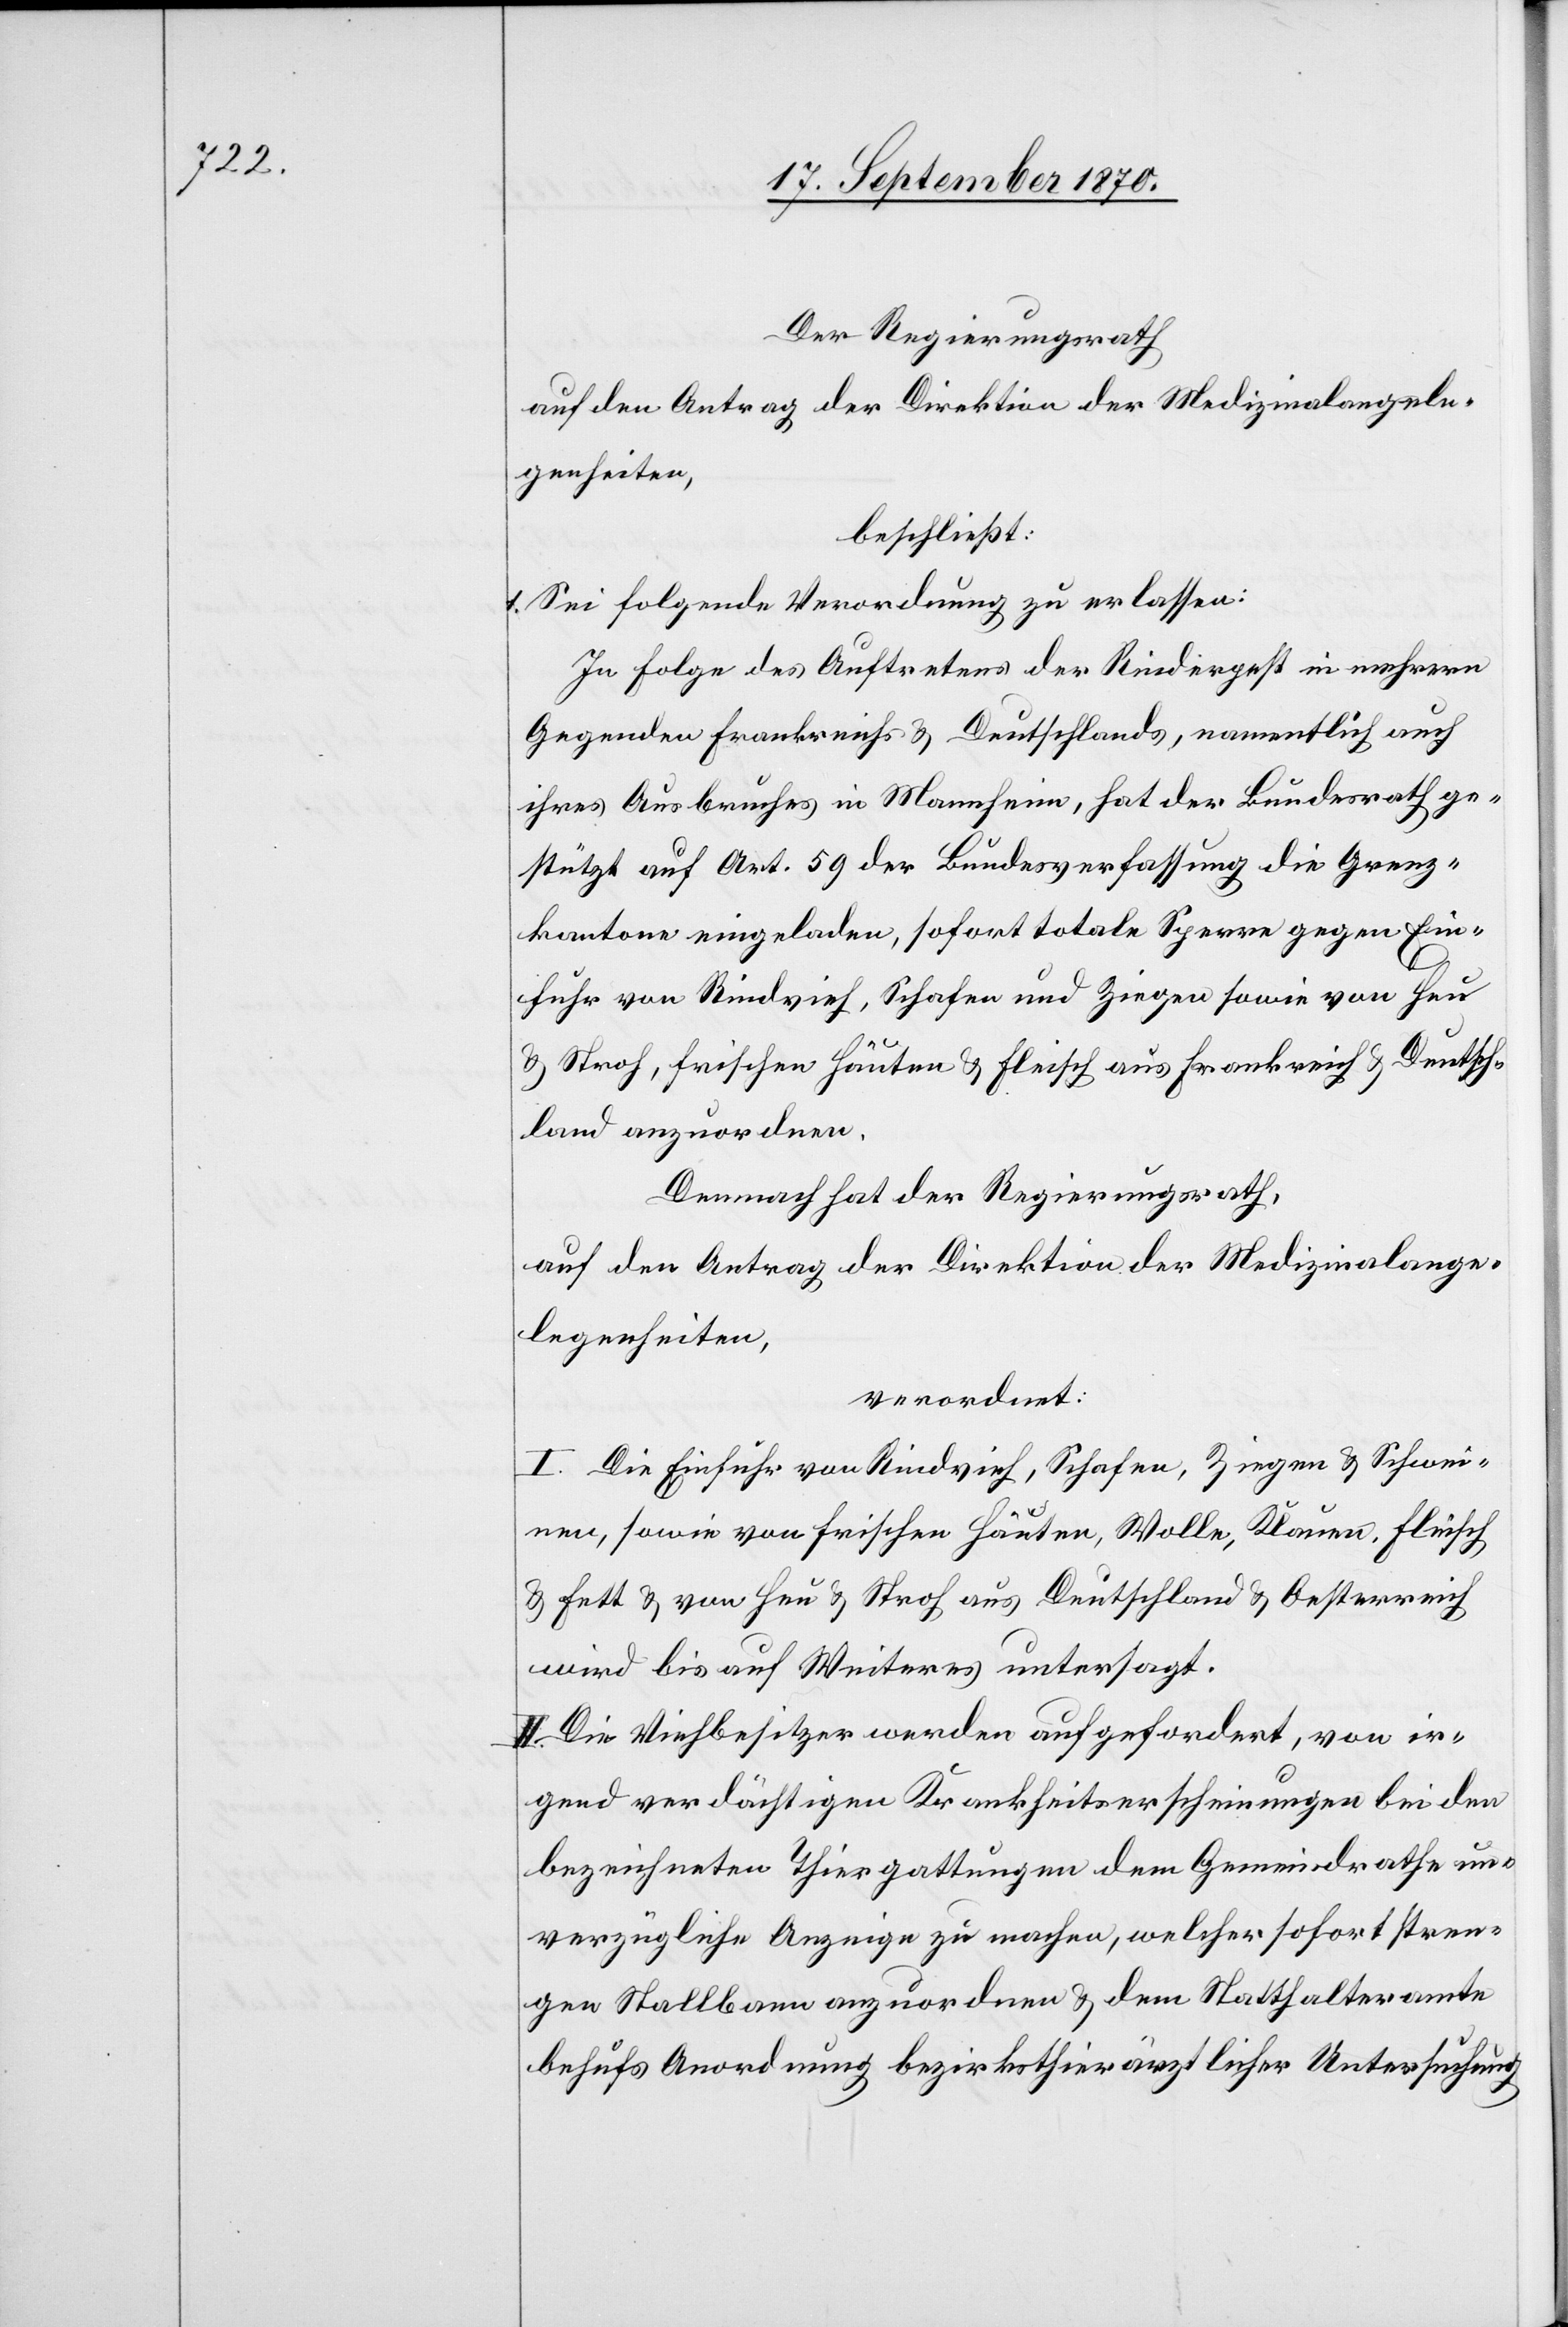
Der Regierungsrath
auf den Antrag der Direktion der Medizinalangele¬
genheiten,
beschließt:
1. Sei folgende Verordnung zu erlassen:
In Folge des Auftretens der Rinderpest in mehrern
Gegenden Frankreichs & Deutschlands, namentlich auch
ihres Ausbruches in Mannheim, hat der Bundesrath ge¬
stützt auf Art. 59 der Bundesverfassung die Grenz¬
kantone eingeladen, sofort totale Sperre gegen Ein¬
fuhr von Rindvieh, Schafen und Ziegen sowie von Heu
& Stroh, frischen Häuten & Fleisch aus Frankreich & Deutsch¬
land anzuordnen.
Demnach hat der Regierungsrath,
auf den Antrag der Direktion der Medizinalange¬
legenheiten,
verordnet:
I. Die Einfuhr von Rindvieh, Schafen, Ziegen & Schwei¬
nen, sowie von frischen Häuten, Wolle, Klauen, Fleisch
& Fett & von Heu & Stroh aus Deutschland & Oesterreich
wird bis auf Weiteres untersagt.
II. Die Viehbesitzer werden aufgefordert, von ir¬
gend verdächtigen Krankheitserscheinungen bei den
bezeichneten Thiergattungen dem Gemeindrathe un¬
verzügliche Anzeige zu machen, welcher sofort stren¬
gen Stallbann anzuordnen & dem Statthalteramte
behufs Anordnung bezirksthierärztlicher Untersuchung